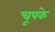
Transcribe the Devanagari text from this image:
चूपके